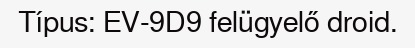
Típus: EV-9D9 felügyelő droid.